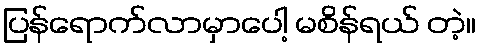
ပြန်ရောက်လာမှာပေါ့ မစိန်ရယ် တဲ့။